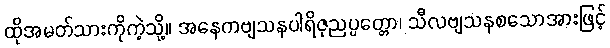
ထိုအမတ်သားကိုကဲ့သို့။ အနေကဗျသနပါရိဇုညပ္ပတ္တော၊ သီလဗျသနစသောအားဖြင့်